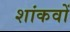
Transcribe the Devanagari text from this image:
शांकवों